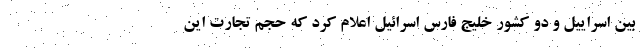
بین اسراییل و دو کشور خلیج فارس اسرائیل اعلام کرد که حجم تجارت این